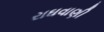
રાઘવાણી